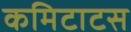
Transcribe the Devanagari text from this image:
कमिटाटस